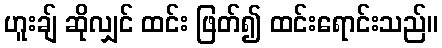
ဟူးချ် ဆိုလျှင် ထင်း ဖြတ်၍ ထင်းရောင်းသည်။